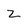
Character: z